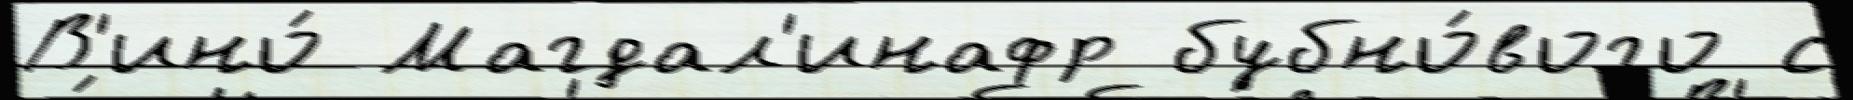
В'ино́ Магдал'инафр бубно́вого с